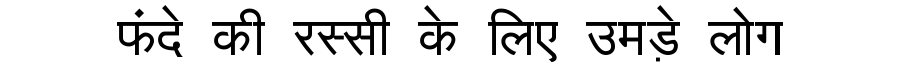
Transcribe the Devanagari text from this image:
फंदे की रस्सी के लिए उमड़े लोग